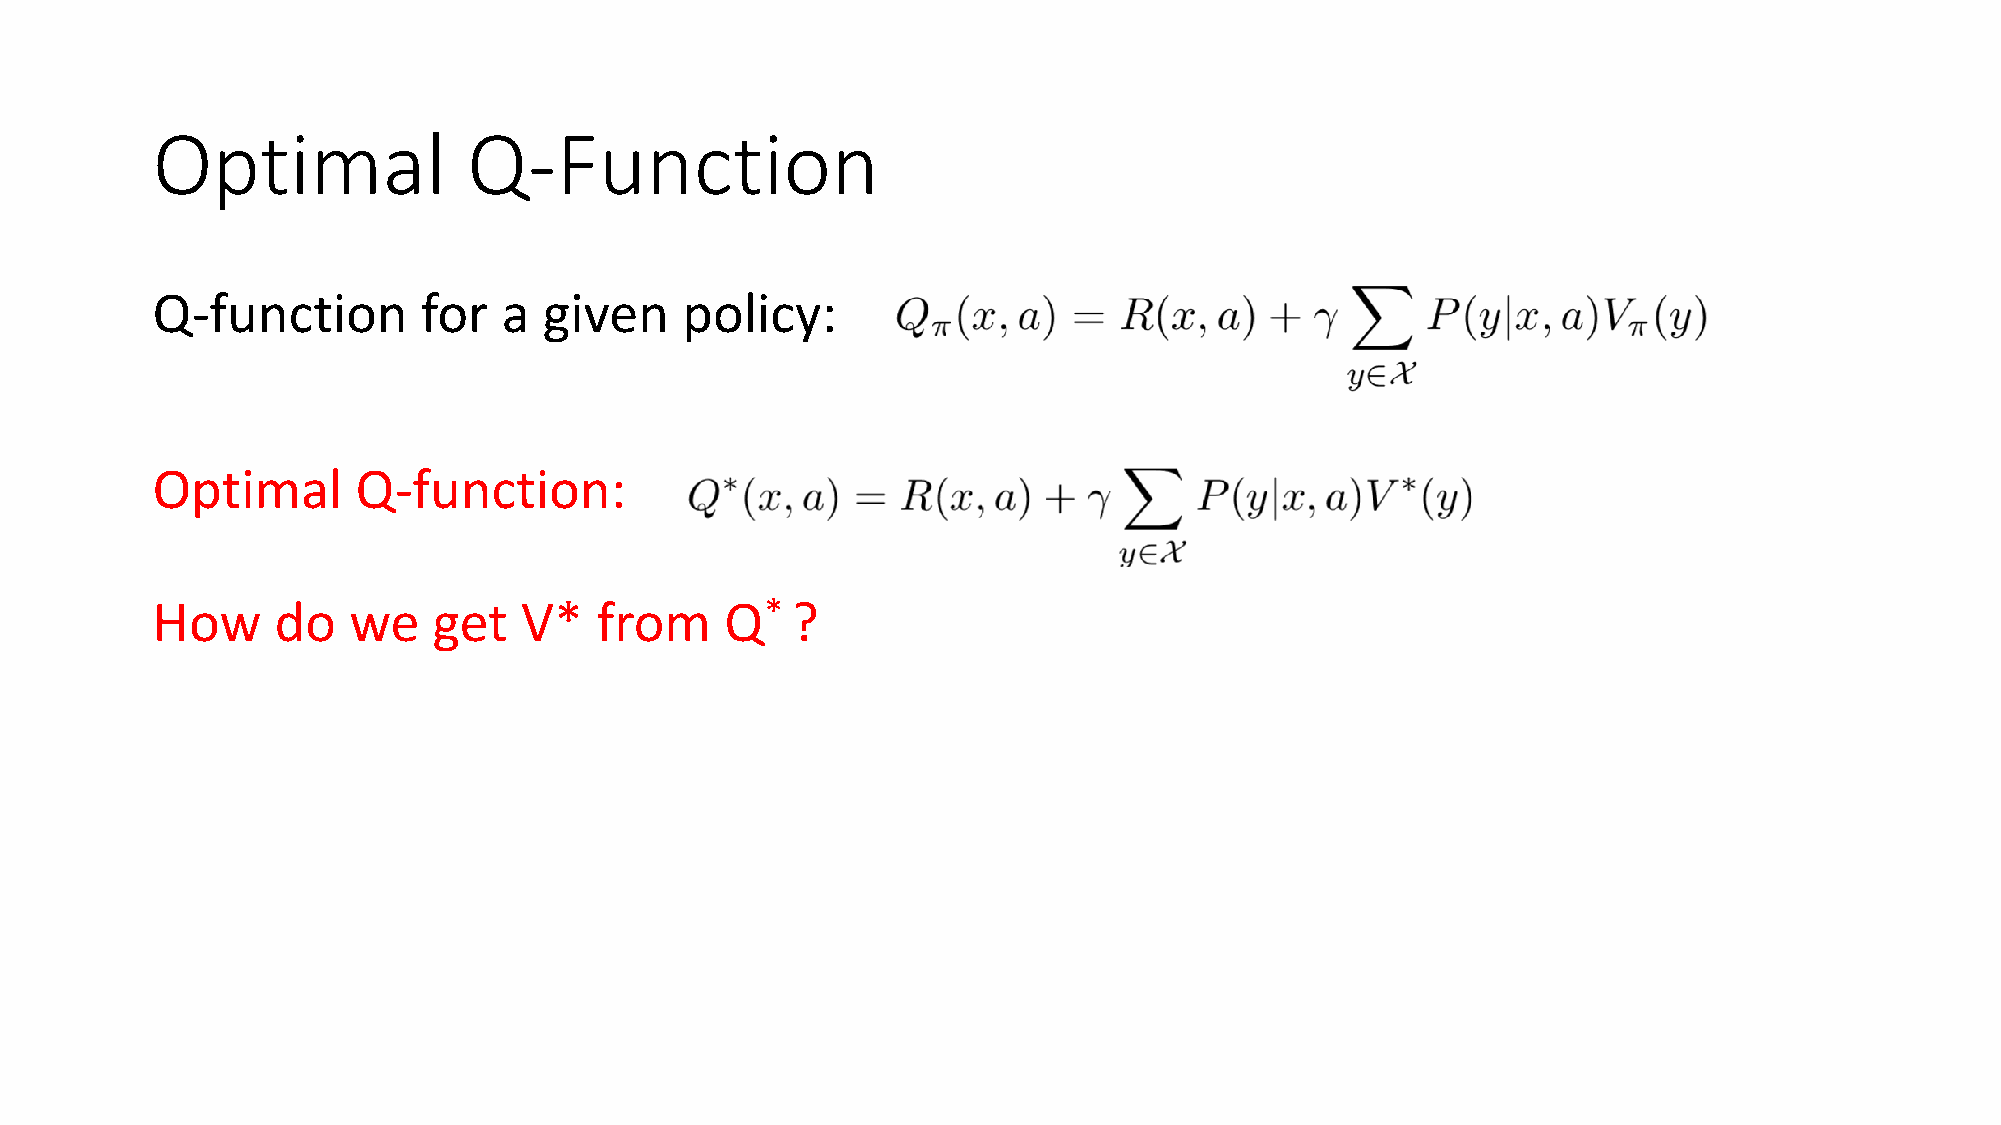
Optimal              Q-Function
 Q-function        for  a  given    policy:
 Optimal       Q-function:
 How     do   we    get  V*   from     Q*  ?
 Recall    optimal      Value     function:
 Bellman       Equation       for  Q*  :